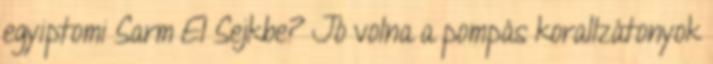
egyiptomi Sarm El Sejkbe? Jó volna a pompás korallzátonyok